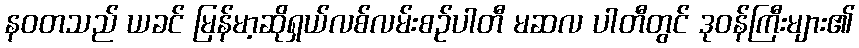
နဝတသည် ယခင် မြန်မာ့ဆိုရှယ်လစ်လမ်းစဉ်ပါတီ မဆလ ပါတီတွင် ဒုဝန်ကြီးများ၏